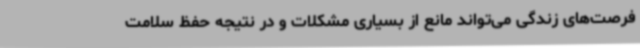
فرصت‌های زندگی می‌تواند مانع از بسیاری مشکلات و در نتیجه حفظ سلامت